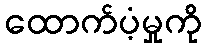
ထောက်ပံ့မှုကို